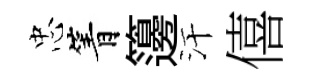
忠箐籩汗僖